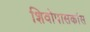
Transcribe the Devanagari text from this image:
शिवोपासकांस